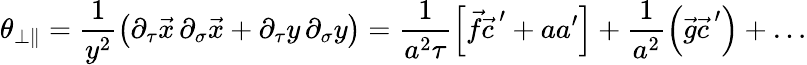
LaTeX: \theta_{\bot\parallel}=\frac{1}{y^{2}}\left(\partial_{\tau}\vec{x}\, \partial_{\sigma}\vec{x}+\partial_{\tau}y\, \partial_{\sigma}y\right)=\frac{1}{a^{2}\tau}\left[\vec{f}{\vec{c}\, }^{\prime}+aa^{\prime}\right]+\frac{1}{a^{2}}\left(\vec{g}{\vec{c}\, }^{\prime}\right)+\ldots